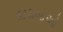
કાચબાઓ